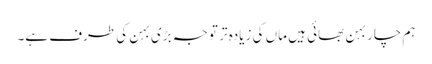
ہم چار بہن بھائی ہیں ماں کی زیادہ تر توجہ بڑی بہن کی طرف ہے۔